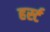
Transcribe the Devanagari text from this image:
हर्स्ट